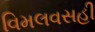
વિમલવસહી